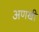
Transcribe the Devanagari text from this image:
अणखी